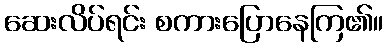
ဆေးလိပ်ရင်း စကားပြောနေကြ၏။